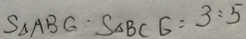
S _ { \Delta } A B G \cdot S _ { \Delta } B C G = 3 : 5